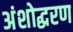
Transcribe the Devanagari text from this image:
अंशोद्धरण